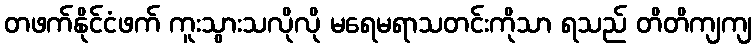
တဖက်နိုင်ငံဖက် ကူးသွားသလိုလို မရေမရာသတင်းကိုသာ ရသည် တိတိကျကျ